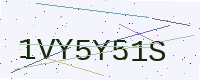
Text: 1VY5Y51S